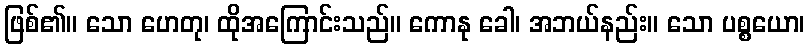
ဖြစ်၏။ သော ဟေတု၊ ထိုအကြောင်းသည်။ ကောနု ခေါ၊ အဘယ်နည်း။ သော ပစ္စယော၊